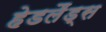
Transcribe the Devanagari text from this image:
हेडलैंड्स